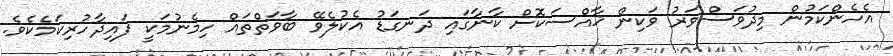
އެހެންކަމުން މިދުވަސްވަރު ވަކިން ޚާއްސަކޮށް ކާނާގައި ދަނގަޑު އެކުލެވޭ ބާވަތްތައް ހިމެނުމަކީ ފައިދާހުރިކަމެކެވެ.